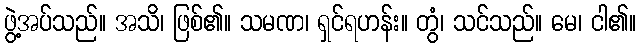
ဖွဲ့အပ်သည်။ အသိ၊ ဖြစ်၏။ သမဏ၊ ရှင်ရဟန်း။ တွံ၊ သင်သည်။ မေ၊ ငါ၏။